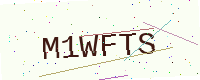
Text: M1WFTS